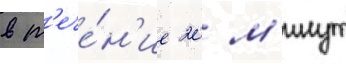
в т'ече́н'ие 20 м'инут